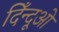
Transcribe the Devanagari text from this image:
दिँन्दूओ